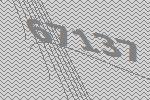
67137